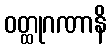
ဝတ္ထုဂဏာနိ